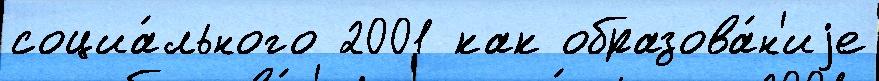
социа́льного 2001 как образова́н'иjе